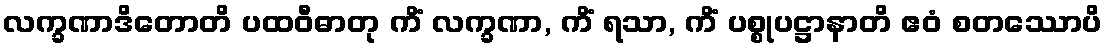
လက္ခဏာဒိတောတိ ပထဝီဓာတု ကိံ လက္ခဏာ, ကိံ ရသာ, ကိံ ပစ္စုပဋ္ဌာနာတိ ဧဝံ စတဿောပိ